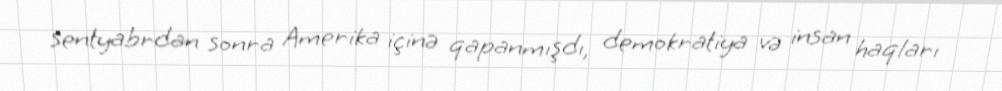
sentyabrdan sonra Amerika içinə qapanmışdı, demokratiya və insan haqları